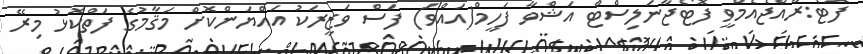
ފޮޓޯ:ރާއްޖެއެމްވީ ފޮޓޯޖާނަލިސްޓް އަޝްވާ ފަހީމް(އައްވަ) ފަސް ވަޒީރަކު އައްޔަންކޮށް މަޤާމުގެ ފަތްކޮޅު މިރޭ